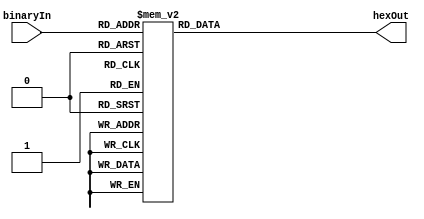
//Jack Gentsch, Jacky Wang, Chinh Bui
//Lab 3: ALU with dataflow model
//EE 469 with James Peckol 4/29/16
// A simple 7-segment hex display converter, accepting a binary input between 0 and F,
// and outputting the signal to drive the DE1's HEX display.
module hexDriver(hexOut, binaryIn);
	output reg [6:0] hexOut;
	input [3:0] binaryIn;

	always @(*) begin
			case (binaryIn)
				4'b0000: hexOut <= 7'b1000000; //0
				4'b0001: hexOut <= 7'b1111001;
				4'b0010: hexOut <= 7'b0100100;
				4'b0011: hexOut <= 7'b0110000;
				4'b0100: hexOut <= 7'b0011001;
				4'b0101: hexOut <= 7'b0010010; //5
				4'b0110: hexOut <= 7'b0000010;
				4'b0111: hexOut <= 7'b1111000;
				4'b1000: hexOut <= 7'b0000000;
				4'b1001: hexOut <= 7'b0010000; //9
				4'b1010: hexOut <= 7'b0001000; //A
				4'b1011: hexOut <= 7'b0000011; //b
				4'b1100: hexOut <= 7'b0100111; //c
				4'b1101: hexOut <= 7'b0100001; //d
				4'b1110: hexOut <= 7'b0000110; //E
				4'b1111: hexOut <= 7'b0001110; //F
				default: hexOut <= 7'b1000000; //0
			endcase
		end
endmodule